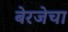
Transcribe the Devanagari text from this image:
बेरजेचा